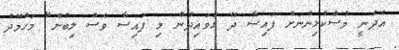
އެދެނީ މުސްކުޅިންނަށް ފައިސާ ދޭ ގަވައިދުން މި ފައިސާ ވެސް ލިބުން" މަހުމޫދު